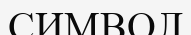
СИМВОЛ